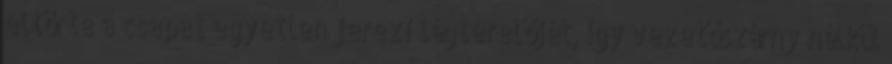
eltörte a csapat egyetlen jerezi légterelőjét, így vezetőszárny nélkül